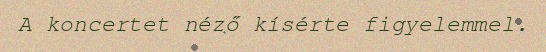
A koncertet néző kísérte figyelemmel.